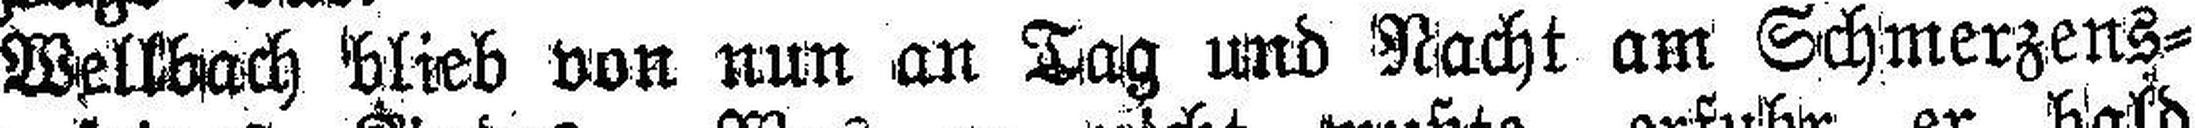
Wellbach blieb von nun an Tag und Nacht am Schmerzens¬